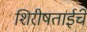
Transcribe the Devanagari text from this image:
शिरीषताईंचे